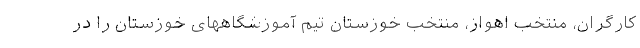
کارگران، منتخب اهواز، منتخب خوزستان تیم آموزشگاههای خوزستان را در